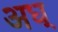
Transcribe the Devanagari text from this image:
अध्